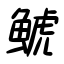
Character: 鯱